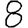
Digit: 8